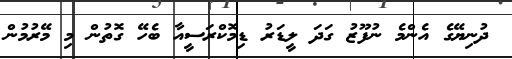
ދުނިޔޭގެ އެންމެ ނުފޫޒު ގަދަ ލީޑަރު ޑިމޮކްރަސީއާ ބެހޭ ގޮތުން މި މޭރުމުން